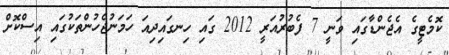
ކޮމެޓީގެ އެޖެންޑާގައި ވަނީ 7 ފެބުރުއަރީ 2012 ގައި ހިނގައިދިއަ ހަމަނުޖެހުންތަކުގައި އިސްކޮށް